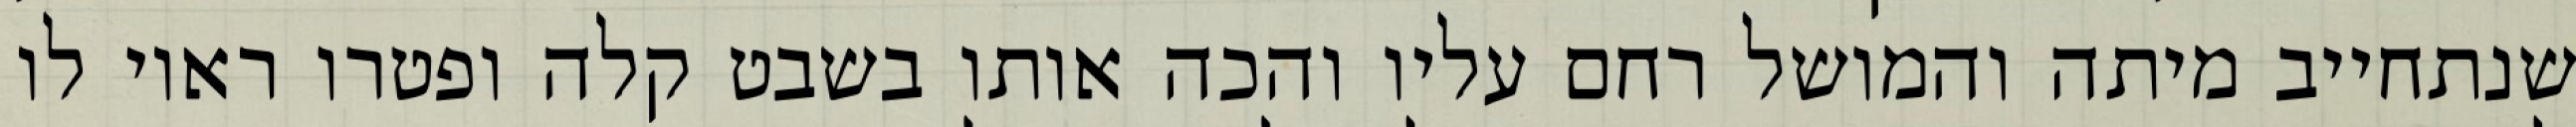
שנתחייב מיתה והמושל רחם עליו והכה אותו בשבט קלה ופטרו ראוי לו